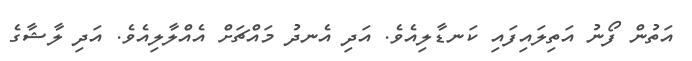
އަތުން ފޯނު އަތިލައިފައި ކަނޑާލިއެވެ. އަދި އެނދު މައްޗަށް އެއްލާލިއެވެ. އަދި ލާޝާގެ